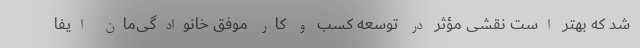
شد که بهتر است نقشی مؤثر در توسعه کسب و کار موفق خانوادگی‌مان ایفا